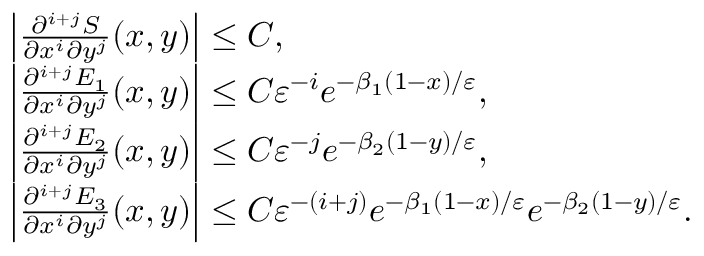
\begin{array} { r l } & { \left| \frac { \partial ^ { i + j } S } { \partial x ^ { i } \partial y ^ { j } } ( x , y ) \right| \le C , } \\ & { \left| \frac { \partial ^ { i + j } E _ { 1 } } { \partial x ^ { i } \partial y ^ { j } } ( x , y ) \right| \le C \varepsilon ^ { - i } e ^ { - \beta _ { 1 } ( 1 - x ) / \varepsilon } , } \\ & { \left| \frac { \partial ^ { i + j } E _ { 2 } } { \partial x ^ { i } \partial y ^ { j } } ( x , y ) \right| \le C \varepsilon ^ { - j } e ^ { - \beta _ { 2 } ( 1 - y ) / \varepsilon } , } \\ & { \left| \frac { \partial ^ { i + j } E _ { 3 } } { \partial x ^ { i } \partial y ^ { j } } ( x , y ) \right| \le C \varepsilon ^ { - ( i + j ) } e ^ { - \beta _ { 1 } ( 1 - x ) / \varepsilon } e ^ { - \beta _ { 2 } ( 1 - y ) / \varepsilon } . } \end{array}